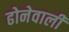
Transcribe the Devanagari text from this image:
ढोनेवाली